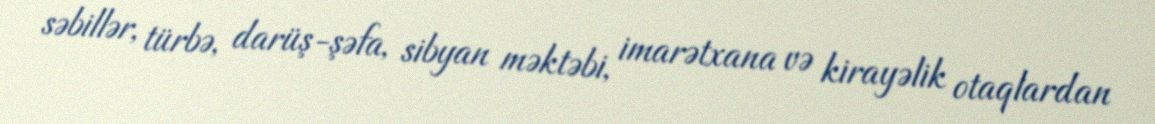
səbillər, türbə, darüş-şəfa, sibyan məktəbi, imarətxana və kirayəlik otaqlardan